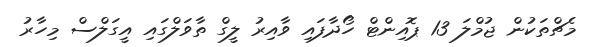
މެޗްތަކުން ޖުމްލަ 13 ޕޮއިންޓް ހޯދާފައި ވާއިރު ލީގް ތާވަލްގައި އީގަލްސް މިހާރު